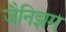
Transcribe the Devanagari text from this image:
जैनिझम